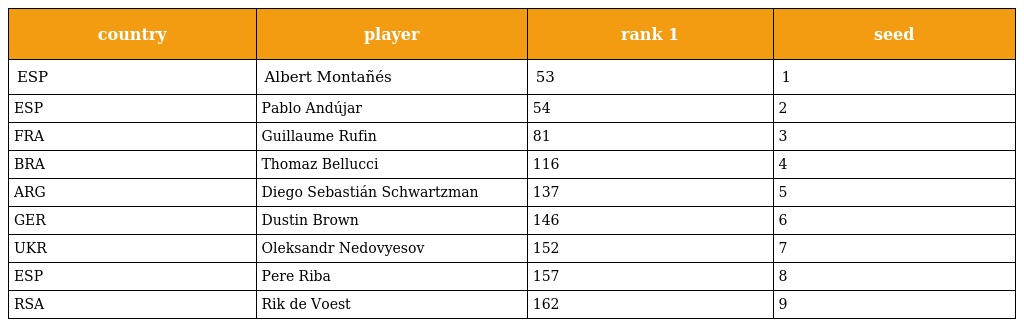
| country | player | rank 1 | seed |
 | --- | --- | --- | --- |
 | ESP | Albert Montañés | 53 | 1 |
 | ESP | Pablo Andújar | 54 | 2 |
 | FRA | Guillaume Rufin | 81 | 3 |
 | BRA | Thomaz Bellucci | 116 | 4 |
 | ARG | Diego Sebastián Schwartzman | 137 | 5 |
 | GER | Dustin Brown | 146 | 6 |
 | UKR | Oleksandr Nedovyesov | 152 | 7 |
 | ESP | Pere Riba | 157 | 8 |
 | RSA | Rik de Voest | 162 | 9 |